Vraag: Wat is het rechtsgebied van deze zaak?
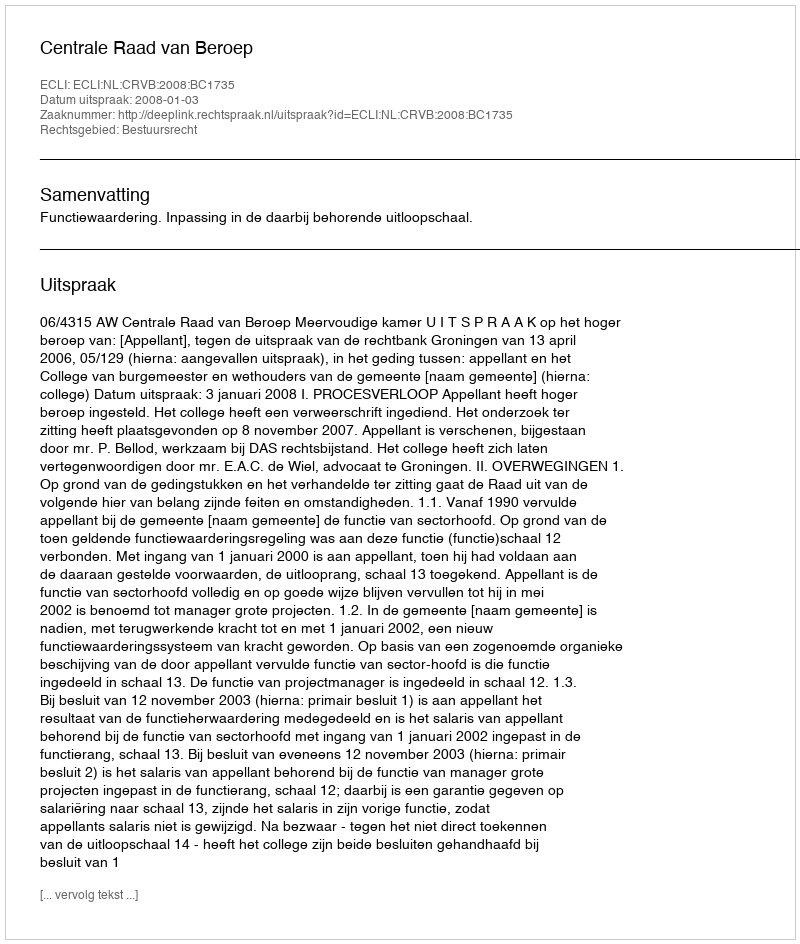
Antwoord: Bestuursrecht